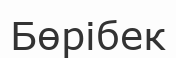
Бөрібек